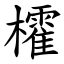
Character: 㰌